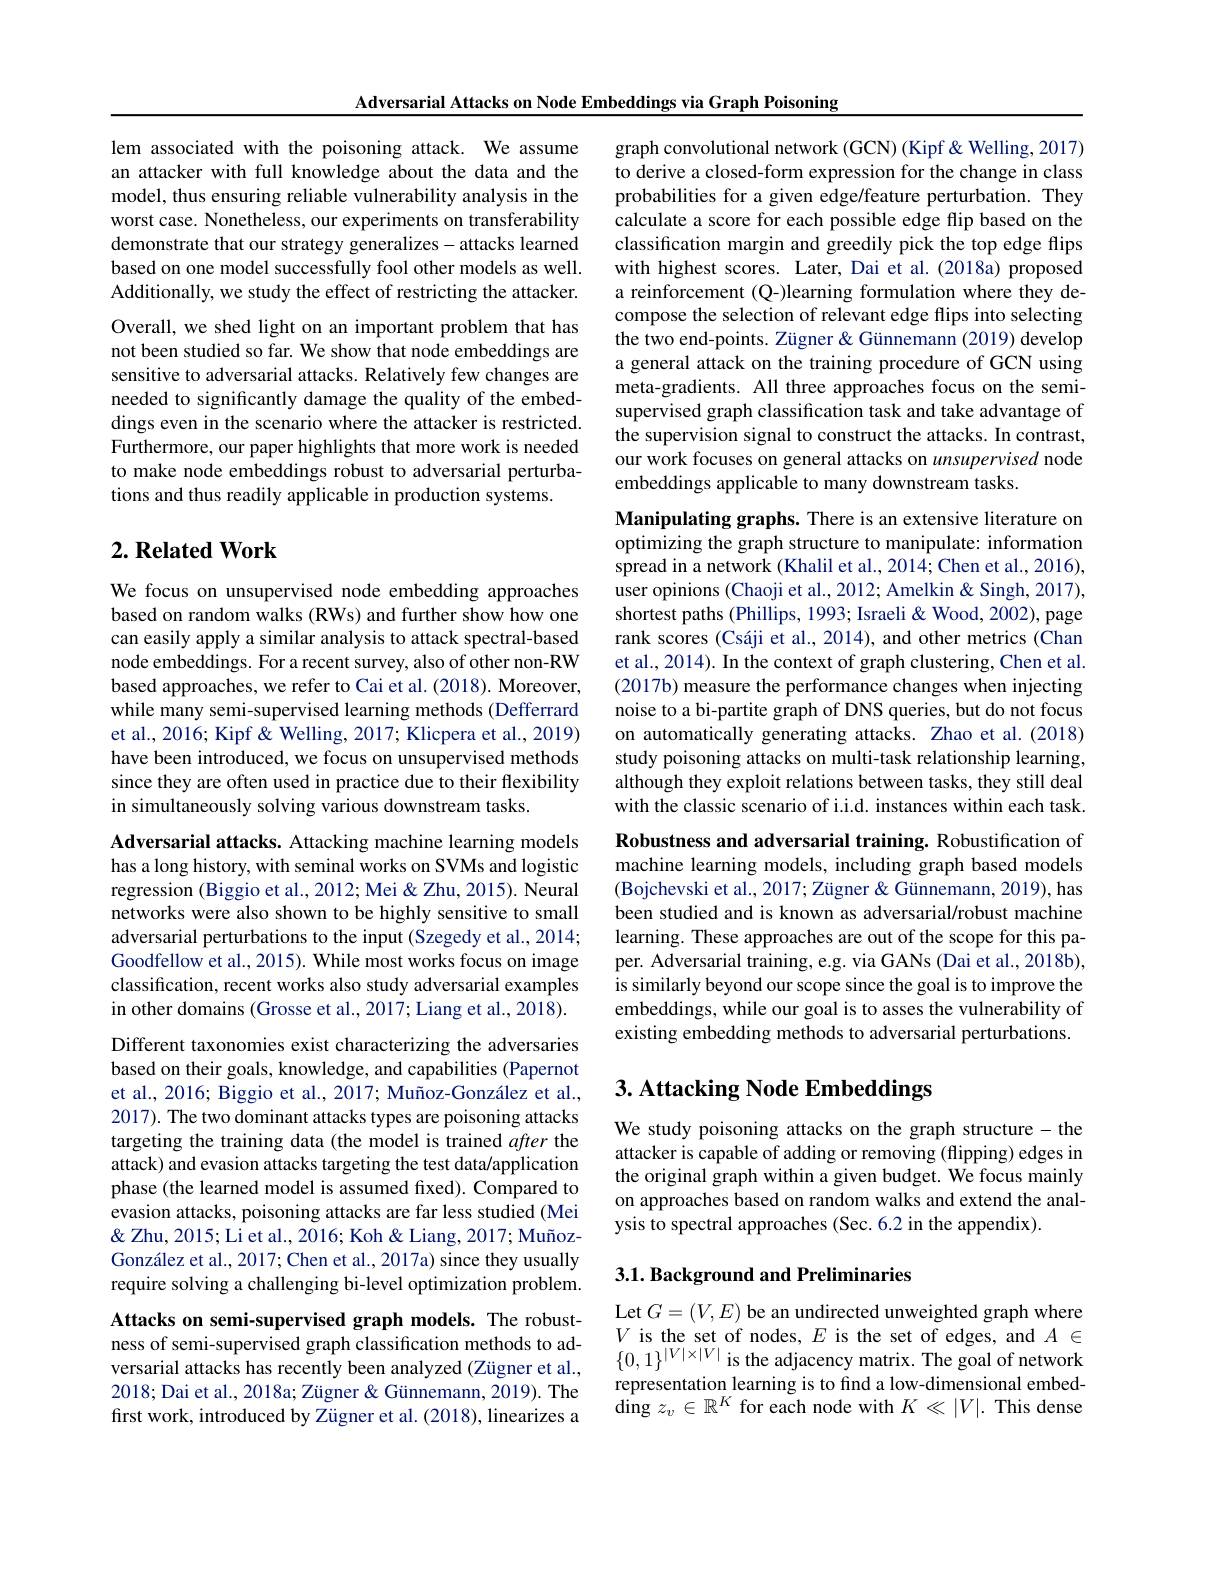
Adversarial Attacks on Node Embeddings via Graph Poisoning

lem associated with the poisoning attack. We assume an attacker with full knowledge about the data and the model, thus ensuring reliable vulnerability analysis in the worst case. Nonetheless, our experiments on transferability demonstrate that our strategy generalizes-attacks learned based on one model successfully fool other models as well. Additionally, we study the effect of restricting the attacker. Overall, we shed light on an important problem that has not been studied so far. We show that node embeddings are sensitive to adversarial attacks. Relatively few changes are needed to significantly damage the quality of the embeddings even in the scenario where the attacker is restricted. Furthermore, our paper highlights that more work is needed to make node embeddings robust to adversarial perturbations and thus readily applicable in production systems.

## $2. \textbf{Related Work}$

We focus on unsupervised node embedding approaches based on random walks (RWs) and further show how one can easily apply a similar analysis to attack spectral-based node embeddings. For a recent survey, also of other non-RW based approaches, we refer to Cai et al. (2018). Moreover, while many semi-supervised learning methods (Defferrard et al., 2016; Kipf & Welling, 2017; Klicpera et al., 2019) have been introduced, we focus on unsupervised methods since they are often used in practice due to their flexibility in simultaneously solving various downstream tasks.

Adversarial attacks. Attacking machine learning models has a long history, with seminal works on SVMs and logistic regression (Biggio et al., 2012; Mei & Zhu, 2015). Neural networks were also shown to be highly sensitive to small adversarial perturbations to the input (Szegedy et al., 2014; Goodfellow et al., 2015). While most works focus on image classification, recent works also study adversarial examples in other domains (Grosse et al., 2017; Liang et al., 2018).

Different taxonomies exist characterizing the adversaries based on their goals, knowledge, and capabilities (Papernot et al., 2016; Biggio et al., 2017; Muñoz-González et al., 2017). The two dominant attacks types are poisoning attacks targeting the training data (the model is trained after the attack) and evasion attacks targeting the test data/application phase (the learned model is assumed fxed). Compared to evasion attacks, poisoning attacks are far less studied (Mei & Zhu, 2015; Li et al., 2016; Koh & Liang, 2017; MuñozGonzález et al., 2017; Chen et al., 2017a) since they usually require solving a challenging bi-level optimization problem.

Attacks on semi-supervised graph models. The robustness of semi-supervised graph classification methods to adversarial attacks has recently been analyzed (Zügner et al., 2018; Dai et al., 2018a; Zügner & Günnemann, 2019). The first work, introduced by Zügner et al. (2018), linearizes a

graph convolutional network (GCN) (Kipf&Welling, 2017) to derive a closed-form expression for the change in class probabilities for a given edge/feature perturbation. They calculate a score for each possible edge flip based on the classification margin and greedily pick the top edge flips with highest scores. Later, Dai et al. (2018a) proposed a reinforcement (Q-)learning formulation where they decompose the selection of relevant edge flips into selecting the two end-points. Zügner & Günnemann (2019) develop a general attack on the training procedure of GCN using meta-gradients. All three approaches focus on the semisupervised graph classification task and take advantage of the supervision signal to construct the attacks. In contrast, our work focuses on general attacks on unsupervised node embeddings applicable to many downstream tasks.

Manipulating graphs. There is an extensive literature on optimizing the graph structure to manipulate: information $\hat{\text{spread in a network (Khalil et al., 2014; Chen et al., 2016),}}$ user opinions (Chaoji et al., 2012; Amelkin& Singh, 2017), shortest paths (Phillips, 1993; Israeli& Wood, 2002), page rank scores (Csáji et al., 2014), and other metrics (Chan et al., 2014). In the context of graph clustering, Chen et al. (2017b) measure the performance changes when injecting noise to a bi-partite graph of DNS queries, but do not focus on automatically generating attacks. Zhao et al.(2018) study poisoning attacks on multi-task relationship learning, although they exploit relations between tasks, they still deal with the classic scenario of i.i.d. instances within each task.

Robustness and adversarial training. Robustification of machine learning models, including graph based models (Bojchevski et al., 2017; Zügner & Günnemann, 2019), has been studied and is known as adversarial/robust machine learning. These approaches are out of the scope for this paper. Adversarial training, e.g. via GANs (Dai et al., 2018b), is similarly beyond our scope since the goal is to improve the embeddings, while our goal is to asses the vulnerability of existing embedding methods to adversarial perturbations.

# 3. Attacking Node Embeddings

We study poisoning attacks on the graph structure-the attacker is capable of adding or removing (flipping) edges in the original graph within a given budget. We focus mainly on approaches based on random walks and extend the analysis to spectral approaches (Sec.6.2 in the appendix).

## $3. 1. \textbf{ Background and Preliminaries}$

Let $G=(V,E)$ be an undirected unweighted graph where $V$ is the set of nodes, $E$ is the set of edges, and $A\in$ $\{0,1\}^{|V|\times|V|}$ is the adjacency matrix. The goal of network representation learning is to find a low-dimensional embed- $\operatorname{ding}z_v\in\mathbb{R}^K$ for each node with $K\ll|V|.$ This dense